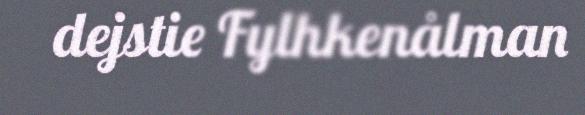
dejstie Fylhkenålman